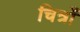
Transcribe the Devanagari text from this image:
चित्रोँ